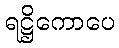
ရဋ္ဌိကောပေ